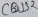
Text: CBUS2